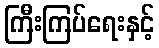
ကြီးကြပ်ရေးနှင့်